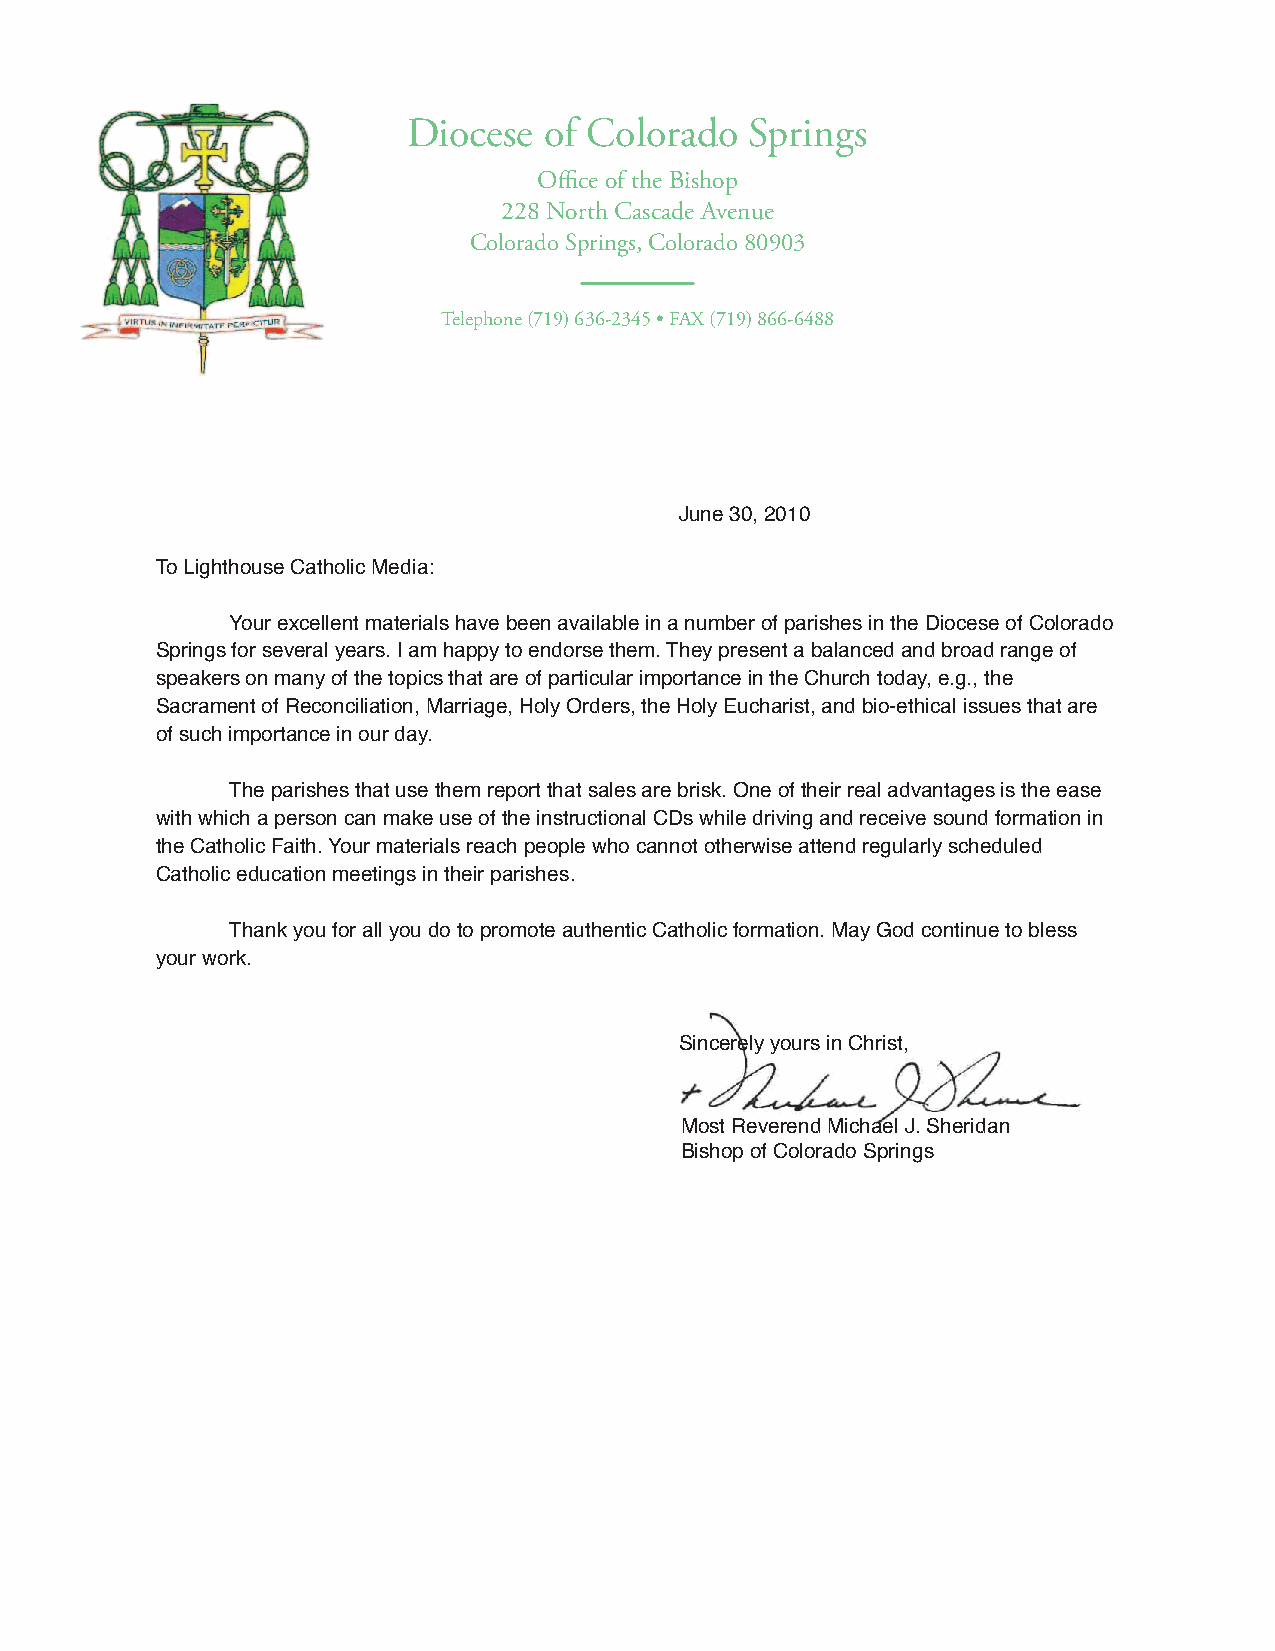
Diocese  of Colorado   Springs
 Office of the Bishop
 228 North Cascade Avenue
 Colorado Springs, Colorado 80903
 Telephone (719) 636-2345 • FAX (719) 866-6488
 June 30, 2010
 To Lighthouse Catholic Media:
 Your excellent materials have been available in a number of parishes in the Diocese of Colorado
 Springs for several years. I am happy to endorse them. They present a balanced and broad range of
 speakers on many of the topics that are of particular importance in the Church today, e.g., the
 Sacrament of Reconciliation, Marriage, Holy Orders, the Holy Eucharist, and bio-ethical issues that are
 of such importance in our day.
 The parishes that use them report that sales are brisk. One of their real advantages is the ease
 with which a person can make use of the instructional CDs while driving and receive sound formation in
 the Catholic Faith. Your materials reach people who cannot otherwise attend regularly scheduled
 Catholic education meetings in their parishes.
 Thank you for all you do to promote authentic Catholic formation. May God continue to bless
 your work.
 Sincerely yours in Christ,
 Most Reverend Michael J. Sheridan
 Bishop of Colorado Springs